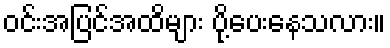
ဝင်းအပြင်အထိများ ပို့ပေးနေသလား။